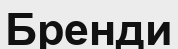
Бренди